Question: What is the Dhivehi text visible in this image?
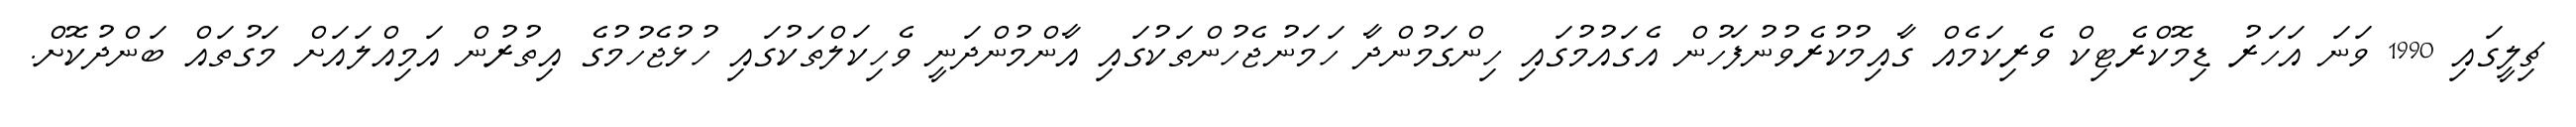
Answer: ޗިލީގައި 1990 ވަނަ އަހަރު ޑިމޮކްރެޓިކް ވެރިކަމެއް ގާއިމުކުރެވުނުފަހުން އެގައުމުގައި ހިންގަމުންދާ ހަމަނުޖެހުންތަކުގައި އާންމުންދަނީ ވެހިކަލްތަކުގައި ހުޅުޖެހުމުގެ އިތުރުން އަމިއްލައަށް މަގުތައް ބަންދުކޮށް.